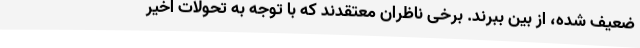
ضعیف شده، از بین ببرند. برخی ناظران معتقدند که با توجه به تحولات اخیر